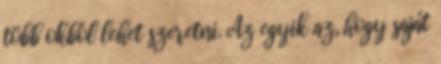
több okból lehet szeretni. Az egyik az, hogy saját